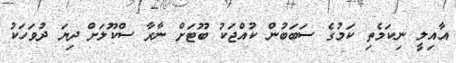
އާއިލީ ނިކަމެތި ކަމުގެ ސަބަބުން ކުއްޖަކު ބޫޓަށް ނާރާ ސްކޫލަށް ދިޔަ ދުވަހަކު